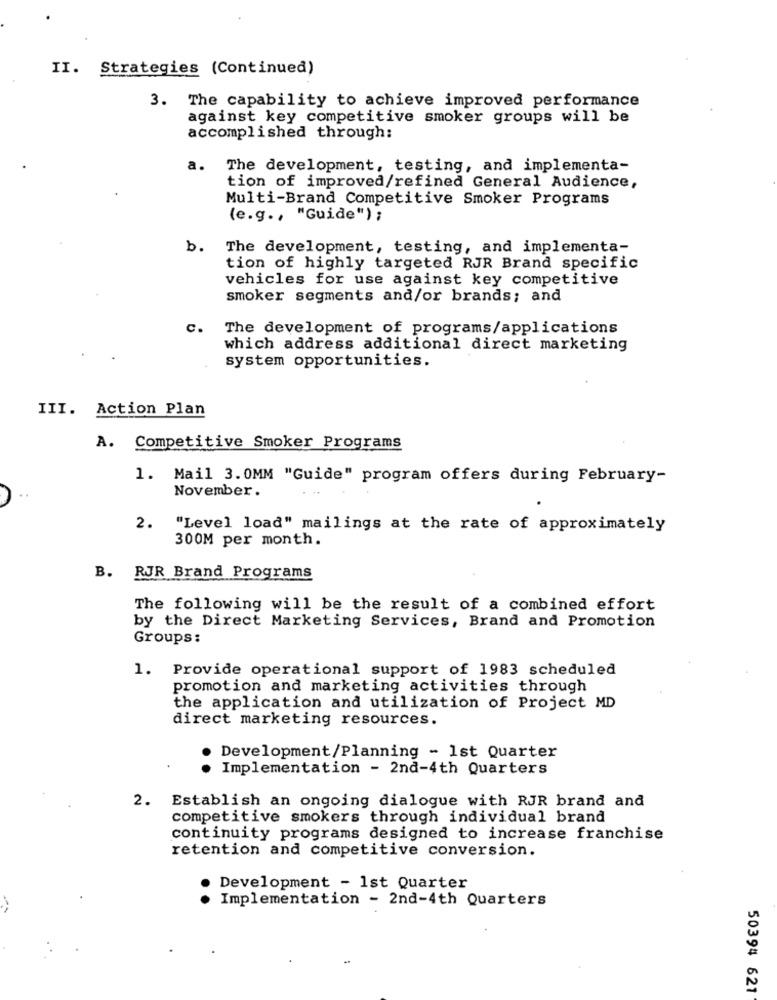
II. Strategies (Continued)
3. The capability to achieve improved performance
against key competitive smoker groups will be
accomplished through:
a.
The development, testing, and implementa-
tion of improved/refined General Audience,
Multi-Brand Competitive Smoker Programs
(e.g ., "Guide") ;
b.
The development, testing, and implementa-
tion of highly targeted RJR Brand specific
vehicles for use against key competitive
smoker segments and/or brands; and
c.
The development of programs/applications
which address additional direct marketing
system opportunities.
III. Action Plan
A. Competitive Smoker Programs
1. Mail 3.0MM "Guide" program offers during February-
November .
2.
"Level load" mailings at the rate of approximately
300M per month.
B. RJR Brand Programs
The following will be the result of a combined effort
by the Direct Marketing Services, Brand and Promotion
Groups:
1. Provide operational support of 1983 scheduled
promotion and marketing activities through
the application and utilization of Project MD
direct marketing resources.
Development/Planning - 1st Quarter
Implementation - 2nd-4th Quarters
2. Establish an ongoing dialogue with RJR brand and
competitive smokers through individual brand
continuity programs designed to increase franchise
retention and competitive conversion.
.
Development - 1st Quarter
Implementation - 2nd-4th Quarters
50394 621